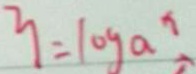
3 = \log a ^ { x }